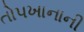
તોપખાનાની